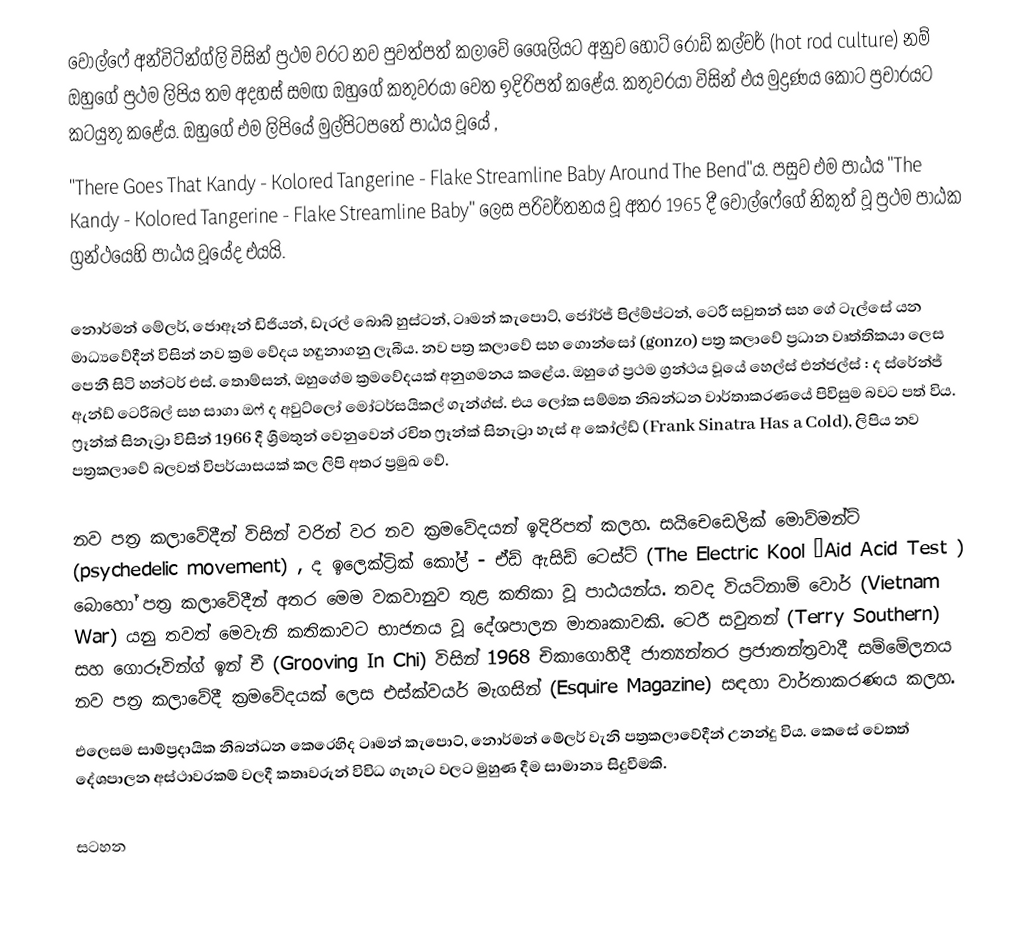
වොල්ෆේ අන්විටින්ග්ලි විසින් ප්‍රථම වරට නව පුවත්පත් කලාවේ ශෛලියට අනුව හොට් රොඩ් කල්චර් (hot rod culture)  නම් ඔහුගේ ප්‍රථම ලිපිය තම අදහස් සමඟ ඔහුගේ කතුවරයා වෙත ඉදිරිපත් කළේය. කතුවරයා විසින් එය මුද්‍රණය කොට ප්‍රචාරයට කටයුතු කළේය. ඔහුගේ එම ලිපියේ මුල්පිටපතේ පාඨය වූයේ ,
"There Goes That Kandy - Kolored Tangerine - Flake Streamline Baby Around The Bend"ය. පසුව එම පාඨය "The Kandy - Kolored Tangerine - Flake Streamline Baby" ලෙස පරිවර්තනය වූ අතර 1965 දී  වොල්ෆේගේ නිකුත් වූ ප්‍රථම පාඨක ග්‍රන්ථයෙහි  පාඨය වූයේද එයයි.

නොර්මන් මේලර්, ජොඈන් ඩිජියන්, ඩැරල් බොබ් හුස්ටන්, ටෘමන් කැපොට්, ජෝර්ජ් පිල්ම්ප්ටන්, ටෙරී සවුතන් සහ ගේ ටැල්සේ යන මාධ්‍යවේදීන් විසින් නව ක්‍රම වේදය හඳුනාගනු ලැබීය. නව පත්‍ර කලාවේ සහ  ගොන්සෝ (gonzo) පත්‍ර කලාවේ ප්‍රධාන වෘත්තිකයා ලෙස පෙනී සිටි හන්ටර් එස්. තොම්සන්, ඔහුගේම ක්‍රමවේදයක් අනුගමනය කළේය. ඔහුගේ ප්‍රථම ග්‍රන්ථය වූයේ  හෙල්ස් එන්ජල්ස් : ද ස්රේන්ජ් ඇන්ඩ් ටෙරිබල් සහ සාගා ඔෆ් ද අවුට්ලෝ මෝටර්සයිකල් ගැන්ග්ස්. එය ලෝක සම්මත නිබන්ධන වාර්තාකරණයේ පිවිසුම බවට පත් විය. ෆ්‍රෑන්ක් සිනැට්‍රා විසින් 1966 දී ශ්‍රීමතුන් වෙනුවෙන් රචිත ෆ්‍රෑන්ක් සිනැට්‍රා හැස් අ කෝල්ඩ් (Frank Sinatra Has a Cold), ලිපිය නව පත්‍රකලාවේ බලවත් විපර්යාසයක් කල ලිපි අතර ප්‍රමුඛ වේ.

නව පත්‍ර කලාවේදීන් විසින් වරින් වර නව ක්‍රමවේදයන් ඉදිරිපත් කලහ. සයිචෙඩෙලික් මොව්මන්ට්  (psychedelic movement) , ද ඉලෙක්ට්‍රික් කෝල් - ඒඩ් ඇසිඩ් ටෙස්ට් (The Electric Kool –Aid Acid Test ) බොහෝ පත්‍ර කලාවේදීන් අතර මෙම වකවානුව තුළ කතිකා වූ පාඨයන්ය. තවද  වියට්නාම් වොර් (Vietnam War) යනු තවත් මෙවැනි කතිකාවට භාජනය වූ දේශපාලන මාතෘකාවකි. ටෙරී සවුතන් (Terry Southern) සහ ගොරූවින්ග් ඉන් චී (Grooving In Chi) විසින් 1968 චිකාගොහිදී ජාත්‍යන්තර ප්‍රජාතන්ත්‍රවාදී සම්මේලනය නව පත්‍ර  කලාවේදී ක්‍රමවේදයක් ලෙස එස්ක්වයර් මැගසින් (Esquire Magazine) සඳහා වාර්තාකරණය කලහ.
එලෙසම සාම්ප්‍රදායික නිබන්ධන කෙරෙහිද  ටෘමන් කැපොට්, නොර්මන් මේලර් වැනි පත්‍රකලාවේදීන් උනන්දු විය. කෙසේ වෙතත් දේශපාලන අස්ථාවරකම් වලදී කතෘවරුන් විවිධ ගැහැට වලට මුහුණ දීම සාමාන්‍ය සිදුවීමකි.

සටහන